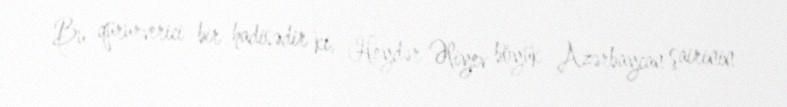
Bu qürurverici bir hadisədir ki, Heydər Əliyev böyük Azərbaycan şairinin